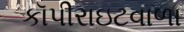
કૉપીરાઇટવાળા